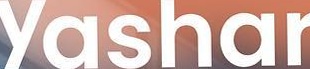
Yashar